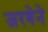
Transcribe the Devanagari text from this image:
जरबेने